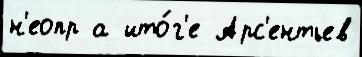
н'еопр а ито́г'е Арс'ентьев